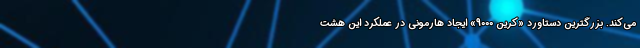
می‌کند. بزرگترین دستاورد «کرین 9000» ایجاد هارمونی در عملکرد این هشت